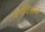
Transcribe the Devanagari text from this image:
धर्मविरूध्द